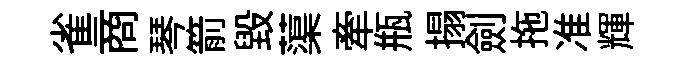
雀商琴箭毀蕖牽瓶搨劍拖准輝